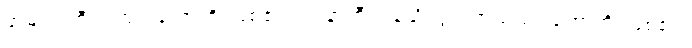
အမျက်ကြီးသည်။ ဟောတိ၊ ဖြစ်၏။ ဥပနာဟီ၊ ရန်ညိုးဖွဲတတ်သည်။ ဟောတိ၊ ဖြစ်၏။